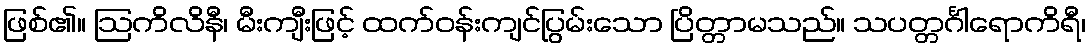
ဖြစ်၏။ ဩကိလိနီ၊ မီးကျီးဖြင့် ထက်ဝန်းကျင်ပြွမ်းသော ပြိတ္တာမသည်။ သပတ္တင်္ဂါရောကိရီ၊